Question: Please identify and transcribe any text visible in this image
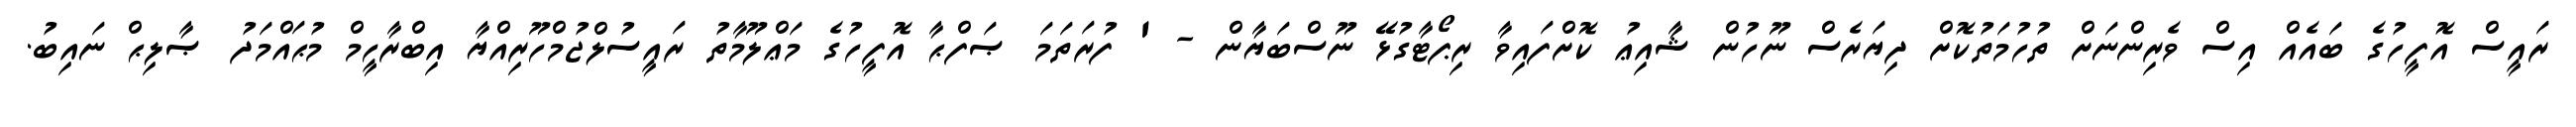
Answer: ރައީސް އޮފީހުގެ ބައެއް އިސް ވެރިންނަށް ތުހުމަތުކޮށް ދިޔަރެސް ނޫހުން ޝާއިޢު ކޮށްފައިވާ ރިޕޯޓާގުޅޭ ނޫސްބަޔާން - ' ފުރަތަމަ ޞަފްޙާ އޮފީހުގެ މަޢްލޫމާތު ރައީސުލްޖުމްހޫރިއްޔާ އިބްރާހީމް މުޙައްމަދު ޞާލިޙް ނައިބު.